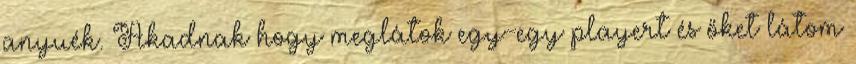
anyuék. Akadnak hogy meglátok egy-egy playert és őket látom